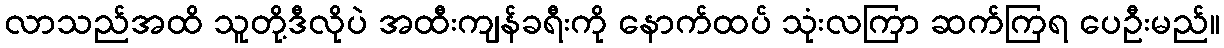
လာသည်အထိ သူတို့ဒီလိုပဲ အထီးကျန်ခရီးကို နောက်ထပ် သုံးလကြာ ဆက်ကြရ ပေဦးမည်။